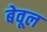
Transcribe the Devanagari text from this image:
बेवूल